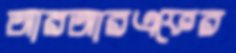
আরআরএফের